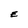
Character: E